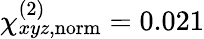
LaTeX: \chi_{xyz,\mathrm{norm}}^{(2)}=0.021